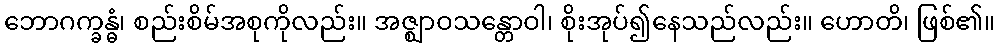
ဘောဂက္ခန္ဓံ၊ စည်းစိမ်အစုကိုလည်း။ အဇ္ဈာဝသန္တောဝါ၊ စိုးအုပ်၍နေသည်လည်း။ ဟောတိ၊ ဖြစ်၏။